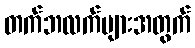
တက်ဘလက်များအတွက်